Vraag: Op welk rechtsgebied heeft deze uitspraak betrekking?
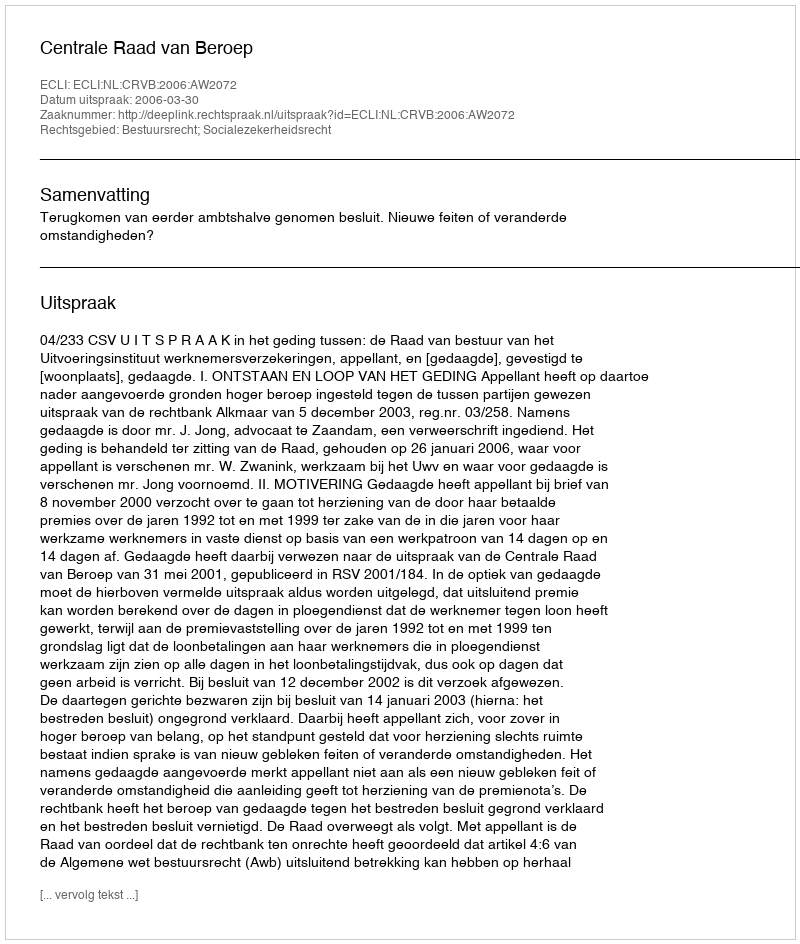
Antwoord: Bestuursrecht; Socialezekerheidsrecht